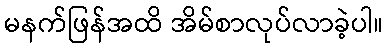
မနက်ဖြန်အထိ အိမ်စာလုပ်လာခဲ့ပါ။